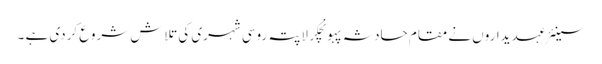
سینئر عہدیداروں نے مقام حادثہ پہونچکر لاپتہ روسی شہری کی تلاش شروع کردی ہے ۔